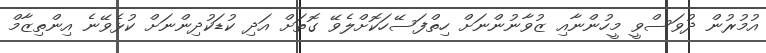
އުމުރުން ދުވަސްވީ މީހުންނާއި ޒުވާނުންނަށް ހިތްފަސޭހަކޮށްލެވޭ ގޮތަށް އަދި ކުޑަކުދިންނަށް ކުޅެވޭނެ އިންތިޒާމް